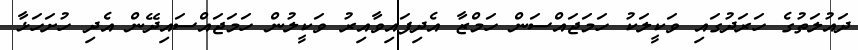
ދައުލަތުގެ ހަރަދުގައި ވަކީލަކު ހަމަޖައްސަން ހަމްޒާ އެދިފައިވާއިރު ވަކީލުން ހަމަޖައްސައިދޭން އެދި ހުށަހަޅާ